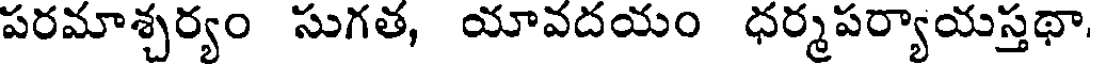
పరమాశ్చర్యం సుగత, యావదయం ధర్మపర్యాయస్తథా